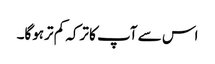
اس سے آپ کا ترکہ کم ترہوگا۔